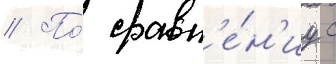
// По́ сравн'е́н'иу с